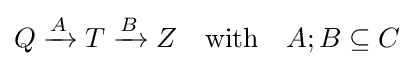
Q\xrightarrow {A} T\xrightarrow {B} Z\quad {\text{with}}\quad A;B\subseteq C